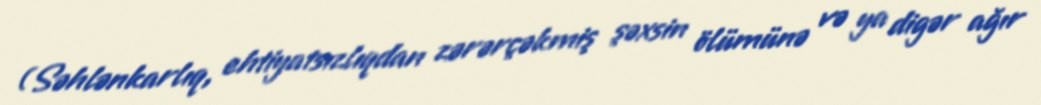
(Səhlənkarlıq, ehtiyatsızlıqdan zərərçəkmiş şəxsin ölümünə və ya digər ağır